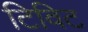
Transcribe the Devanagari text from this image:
टिविट